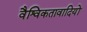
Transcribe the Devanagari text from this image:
वैश्विकतावादियों